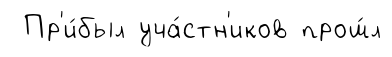
Пр'и́был уча́стн'иков прош́л